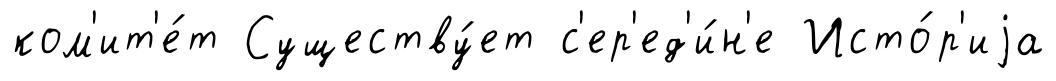
ком'ит'е́т Существу́ет с'ер'ед'и́н'е Исто́р'иjа